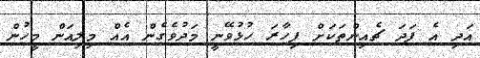
އަދި އެ ފަދަ ޗެއިންތަކަށް ފިހާރަ ހުޅުވޭނީ މަދުވެގެން އެއް މިލިއަން މީހުން